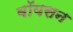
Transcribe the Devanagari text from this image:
बॉयसन